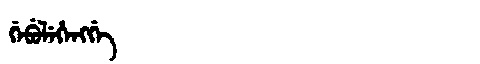
Manchu: ᡤᡝᠪᡠᠯᡝᡥᡝᠩᡤᡝ
Romanization: GEBULEHENGGE